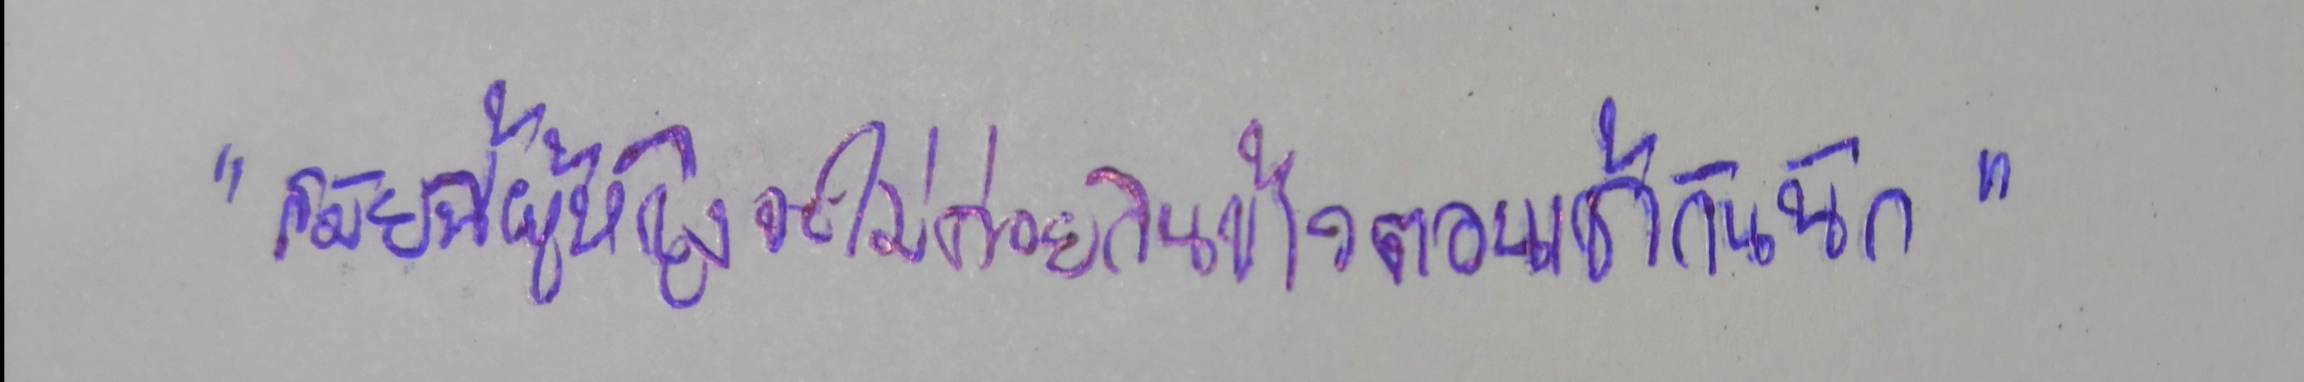
"สมัยนี้ผู้หญิงจะไม่ค่อยกินข้าวตอนเช้ากันนัก"